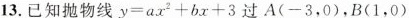
13.已知抛物线$$y = a x ^ { 2 } + b x + 3$$过A(-3，0)，B(1，0)